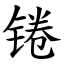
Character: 锩